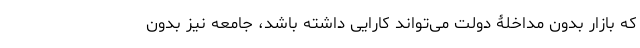
که بازار بدون مداخلۀ دولت می‌تواند کارایی داشته باشد، جامعه نیز بدون